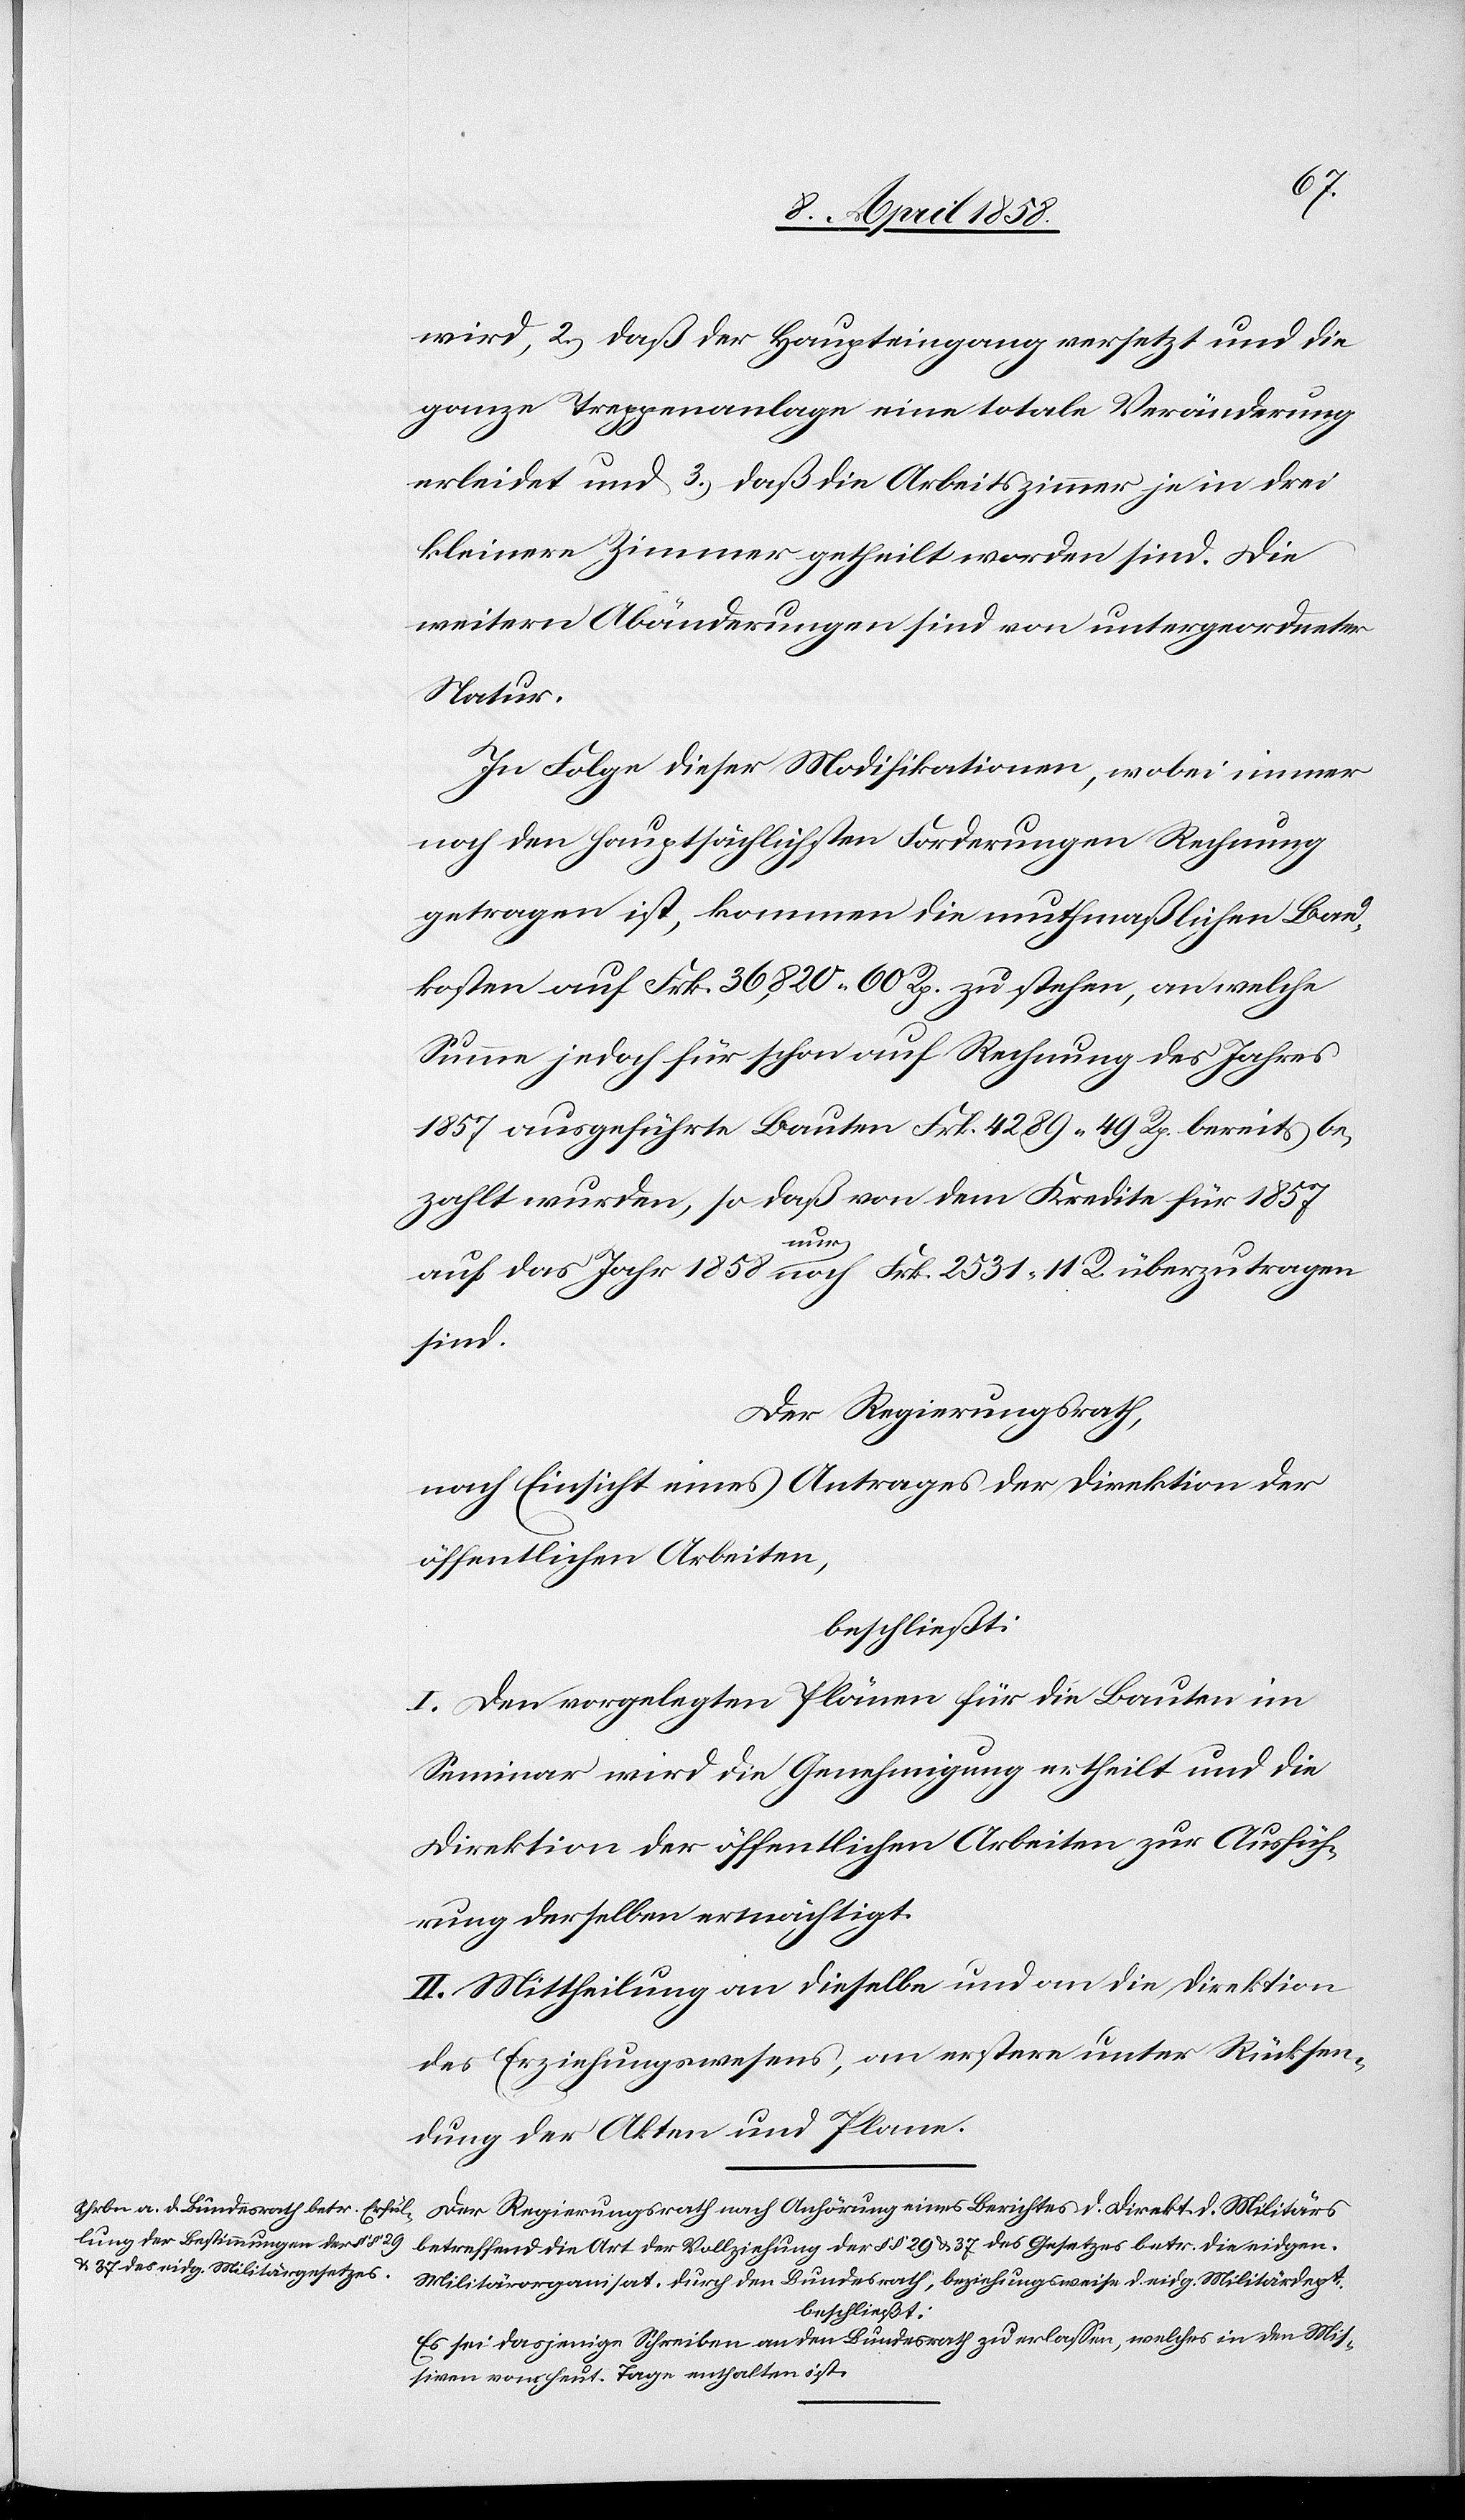
wird, 2.) daß der Haupteingang versetzt und die
ganze Treppenanlage eine totale Veränderung
erleidet und 3.) daß die Arbeitszimmer je in drei
kleinere Zimmer getheilt worden sind. Die
weitern Abänderungen sind von untergeordneter
Natur.
In Folge dieser Modifikationen, wobei immer
noch den hauptsächlichsten Forderungen Rechnung
getragen ist, kommen die muthmaßlichen Bau¬
kosten auf Frk. 36,820 60 Rp. zu stehen, an welche
Summe jedoch für schon auf Rechnung des Jahres
1857 ausgeführte Bauten Frk. 4289 49 Rp. bereits be¬
zahlt wurden, so daß von dem Kredite für 1857
auf das Jahr 1858 nur noch Frk. 2531 11 R. überzutragen
sind.
Der Regierungsrath,
nach Einsicht eines Antrages der Direktion der
öffentlichen Arbeiten,
beschließt:
I. Den vorgelegten Plänen für die Bauten im
Seminar wird die Genehmigung ertheilt und die
Direktion der öffentlichen Arbeiten zur Ausfüh¬
rung derselben ermächtigt.
II. Mittheilung an dieselbe und an die Direktion
des Erziehungswesens, an erstere unter Rücksen¬
dung der Akten und Plane.
Der Regierungsrath nach Anhörung eines Berichtes d. Direkt. d. Militärs
betreffend die Art der Vollziehung der §§ 29 u. 37 des Gesetzes betr. die eidgen.
Militärorganisat. durch den Bundesrath, beziehungsweise d. eidg. Militärdept.
beschließt:
Es sei dasjenige Schreiben an den Bundesrath zu erlassen, welches in den Mis¬
siven vom heut. Tage enthalten ist.